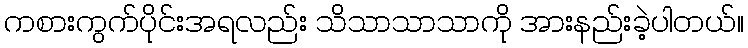
ကစားကွက်ပိုင်းအရလည်း သိသာသာသာကို အားနည်းခဲ့ပါတယ်။